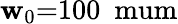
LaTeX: \mathbf{w}_{0}{=}100\ \mathrm{{\ mum}}